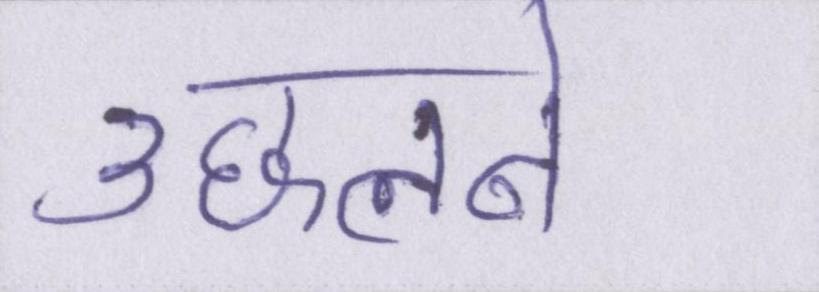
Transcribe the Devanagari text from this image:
उछलने